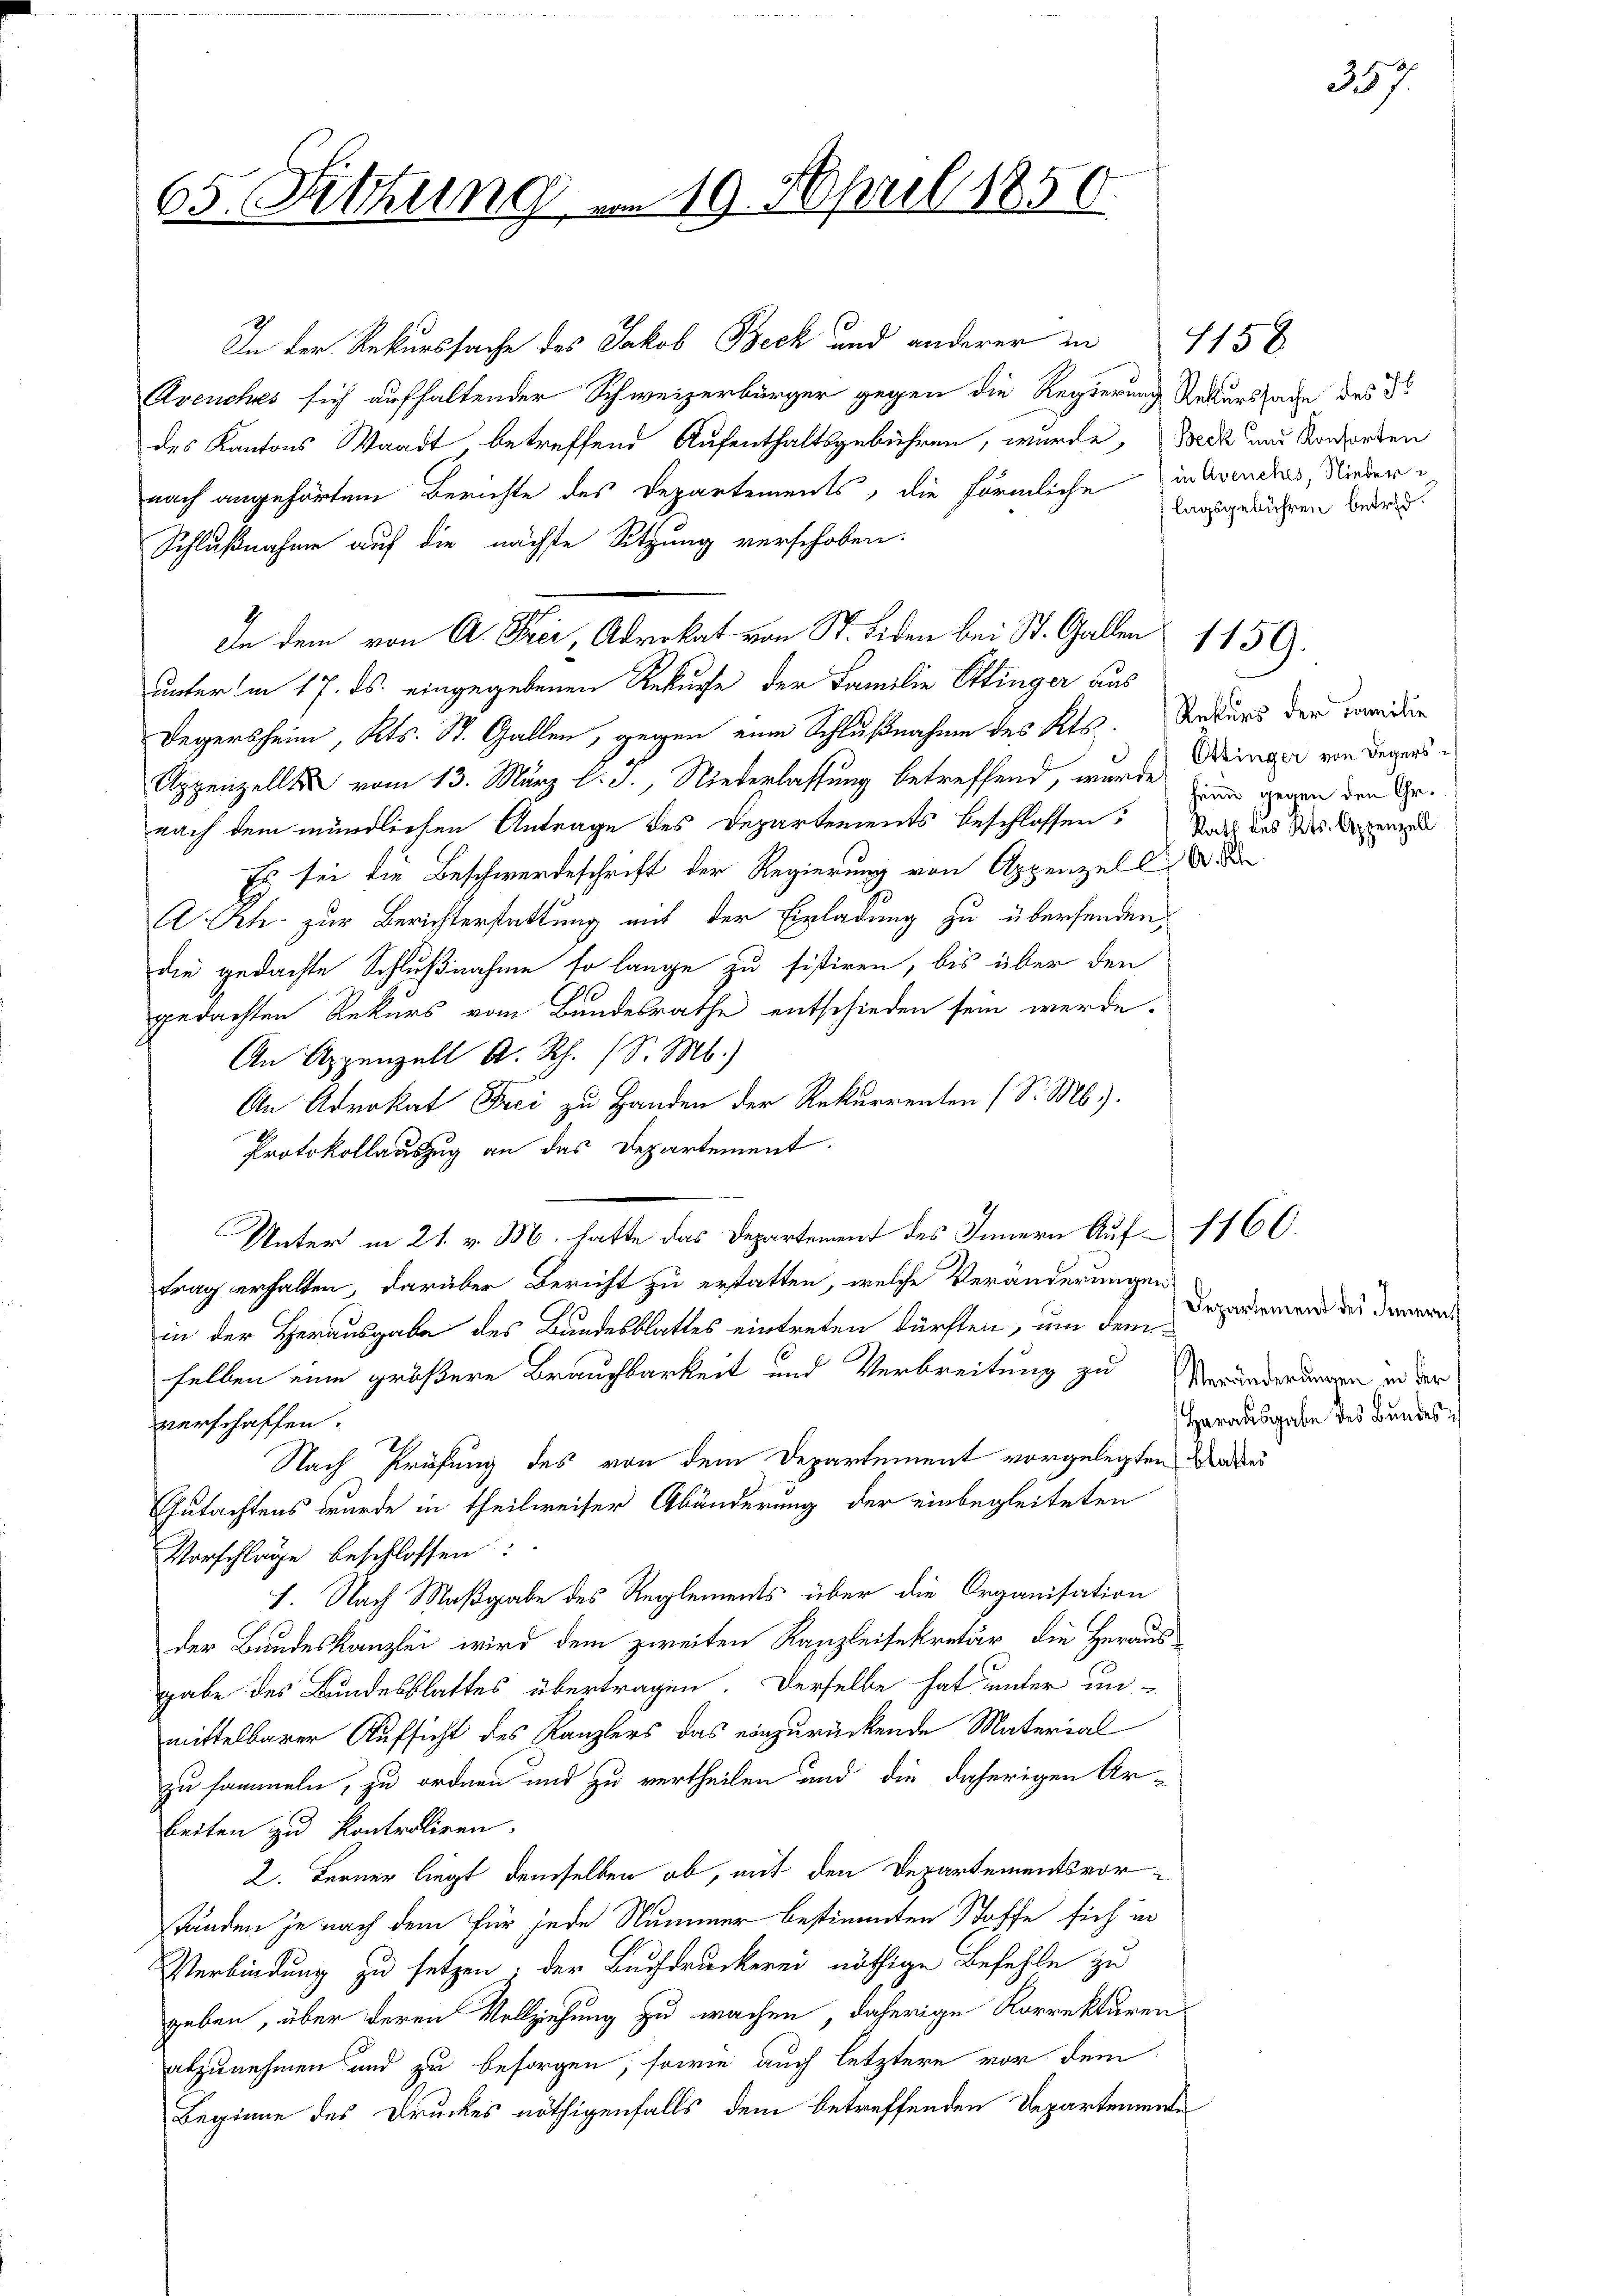
In der Rekurssache des Jakob Beck und anderer in 1150
Avenches sich aufhaltender Schweizerbürger gegen die Regierung Rekurssache des
des Kantons Staadt, betreffend Aufenthaltsgebühren, wurde, Beck und Vororden
nach angehörten Berichte des Departements, die förmliche in Avenches, Nieder
Schlußnahme auf die nächste Sitzung verschoben.
unterm 17. ds. eingegebenen Rekurse der Familie Ettinger aus
Degersheim, Kts. St. Gallen, gegen eine Schlußnahme des Kts. Ankurs den Beiden
Appenzell vom 13. März l. J., Winterlassung betreffend, wurde ein genen den Genach dem mündlichen Antrage des Departements beschlossen. Nach das des Serenzen
Ei sei die Beschwerdeschrift der Regierung von Appenzell
A.Rh. zur Berichterstattung mit der Einladung zu übersenden,
die gedachte Schlußnahme so lange zu sistiren, bis über den
.
gedachten Rekurs vom Bundesrathe entschieden sein werde.
An Appenzell A. Rh. (S. M.)
An Advokat Frei zu Handen der Rekurrenten (S. Mb).
Protokollauszug an das Departement.
Unter in 21. v. M. hatte das Departement des Innern Auf 160.
trag erhalten, darüber Bericht zu erstatten, welche Veränderungen
in der Herausgabe des Bandesblattes eintreten dürften, um demselben eine größere Brauchbarkeit und Verbreitung zu Veränderungen in der
verschaffen.
Nach Prüfung des von dem Departement vorgelegten Ver
Gutachtens wurde in theilweiser Abänderung der einbegleiteten
Vorschläge beschlossen:
I. Nach Maßgabe des Reglements über die Organisation
der Bundeskanzlei wird dem zweiten Kanzleisekretär die Heraus-
gabe des Bundesblattes übertragen. Derselbe hat unter un-
mittelbarer Aufsicht des Kanzlers das einzurückende Material
zu sammeln, zu ordnen und zu vertheilen und die daherigen Ar-
beiten zu kontroliren.
2. Ferner liegt demselben ob, mit den Departementsvortänden je nach dem für jede Nummer bestimmten Stoffe sich in
Verbindung zu setzen; der Buchdruckerei nöthige Befehle zu
geben, über deren Vollziehung zu wachen, daherige Korrekturen
abzunehmen und zu besorgen, sowie auch letztere vor dem
Beginne des Druckes nöthigenfalls dem betreffenden Departemente

65. Fettung

In dem von A. Frei, Advokat von St. Siden bei St. Gallen 1150.

19. April 1850.

lagsgebühren betrid.

Ottinger von Degers

Departement des Innern s
Harausgabe des Bundes

357.